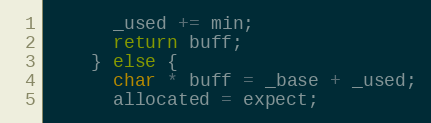
Language: C
      _used += min;
      return buff;
    } else {
      char * buff = _base + _used;
      allocated = expect;